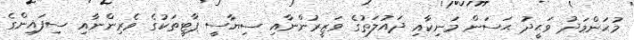
މުޙަންމަދު ވަޙީދު ޙަސަން މަނިކާއި ދައުލަތުގެ ވަޒީރުންނާއި ސިޔާސީ ޕާޓީތަކުގެ ވެރިންނާއި ސިފައިންގެ